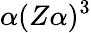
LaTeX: \alpha(Z\alpha)^{3}